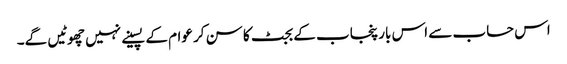
اس حساب سے اس بار پنجاب کے بجٹ کا سن کر عوام کے پسینے نہیں چھوٹیں گے۔